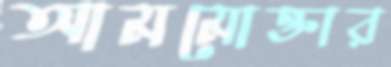
আমমোক্তার